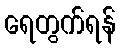
ရေတွက်ရန်